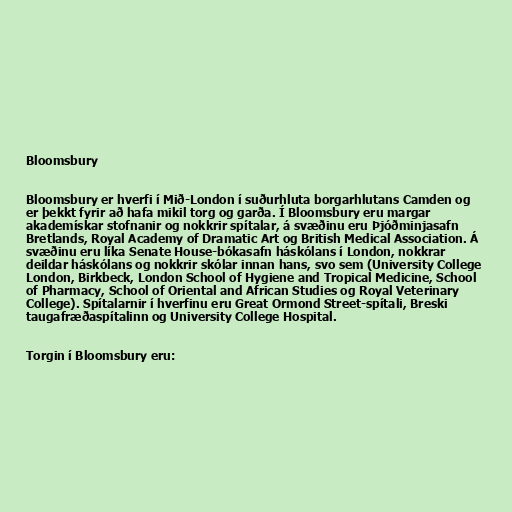
Bloomsbury

Bloomsbury er hverfi í Mið-London í suðurhluta borgarhlutans Camden og
er þekkt fyrir að hafa mikil torg og garða. Í Bloomsbury eru margar
akademískar stofnanir og nokkrir spítalar, á svæðinu eru Þjóðminjasafn
Bretlands, Royal Academy of Dramatic Art og British Medical Association. Á
svæðinu eru líka Senate House-bókasafn háskólans í London, nokkrar
deildar háskólans og nokkrir skólar innan hans, svo sem (University College
London, Birkbeck, London School of Hygiene and Tropical Medicine, School
of Pharmacy, School of Oriental and African Studies og Royal Veterinary
College). Spítalarnir í hverfinu eru Great Ormond Street-spítali, Breski
taugafræðaspítalinn og University College Hospital.

Torgin í Bloomsbury eru: